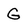
Character: G